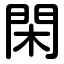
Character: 閑